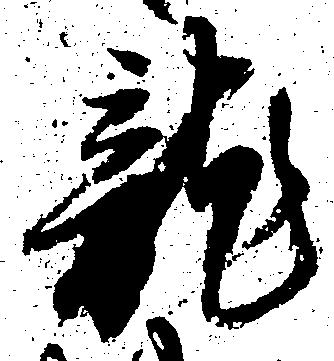
龍